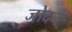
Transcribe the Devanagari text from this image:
जोदने